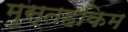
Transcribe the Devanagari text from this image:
मुस्तहकिम